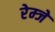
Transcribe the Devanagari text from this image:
रेम्जे